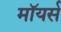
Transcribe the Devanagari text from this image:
मॉयर्स